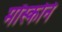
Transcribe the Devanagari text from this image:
मॉस्कोने